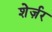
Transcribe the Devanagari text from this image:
शेर्ज़र